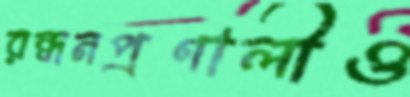
রন্ধনপ্রণালীও